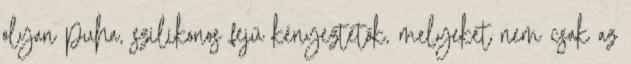
olyan puha, szilikonos fejű kényeztetők, melyeket nem csak az